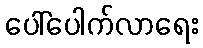
ပေါ်ပေါက်လာရေး